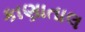
કાણાતાલ